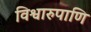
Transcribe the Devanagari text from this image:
विश्वारुपाणि